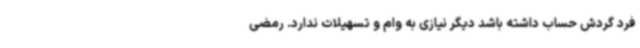
فرد گردش حساب داشته باشد دیگر نیازی به وام و تسهیلات ندارد. رمضی